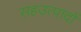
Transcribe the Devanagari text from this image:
सहउत्पादों